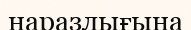
наразлығына